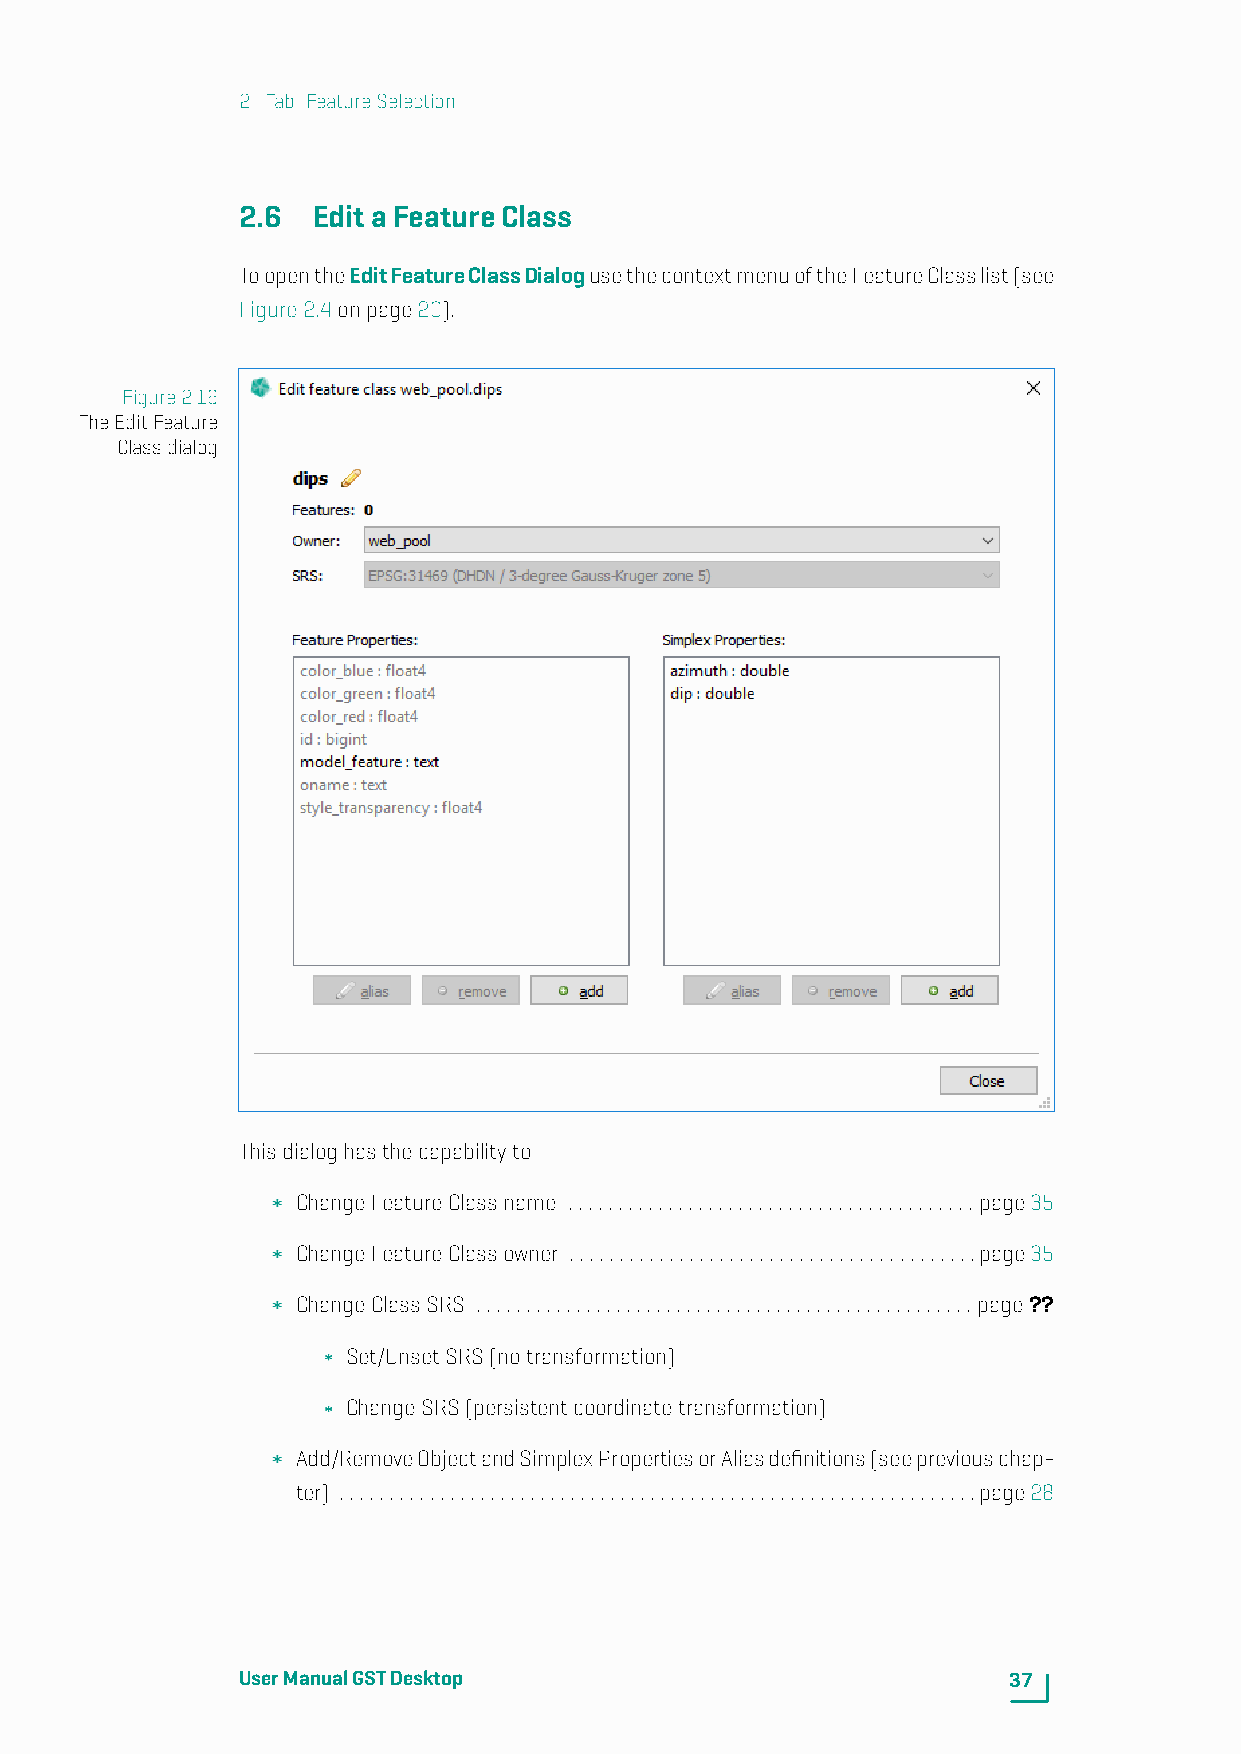
2. Tab: FeatureSelection
 2.6  EditaFeatureClass
 ToopentheEditFeatureClassDialogusethecontextmenuoftheFeatureClasslist(see
 Figure2.4onpage20).
 Figure2.16
 TheEditFeature
 Classdialog
 Thisdialoghasthecapabilityto
 ChangeFeatureClassname .........................................page35
 ChangeFeatureClassowner .........................................page35
 ChangeClassSRS ..................................................page??
 Set/UnsetSRS(notransformation)
 ChangeSRS(persistentcoordinatetransformation)
 Add/RemoveObjectandSimplexPropertiesorAliasdefinitions(seepreviouschap-
 ter) ................................................................page28
 UserManualGSTDesktop                               37